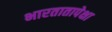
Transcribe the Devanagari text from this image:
भारतातापेक्षा